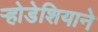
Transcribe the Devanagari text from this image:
र्‍होडेशियाने